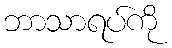
ဘာသာရပ်ကို